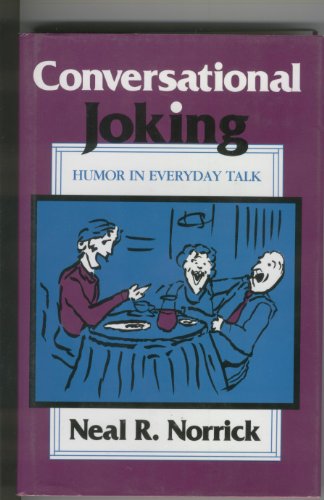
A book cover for Conversational Joking: Humor in Everyday Talk; Neal R Norrick; Humor & Entertainment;